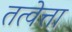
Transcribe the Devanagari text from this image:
तत्वेत्ता